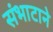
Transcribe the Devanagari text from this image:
संभाटाने